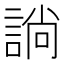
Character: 𧩡